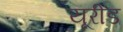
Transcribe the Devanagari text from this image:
यूरीड